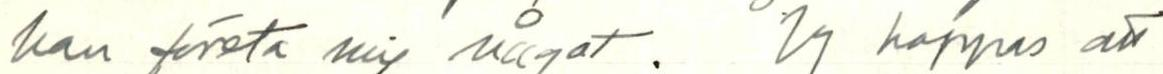
kan företa mig något. Jg hoppas att